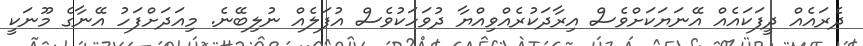
ދެރައެއް ދީފަކައެއް އޭނަޔަކަށްވެސް އިރާދަކުރެއްވިއްޔާ ދުވަހަކުވެސް އުފަލެއް ނުލިބޭނެ. މިއަދަށްފަހު އޭނާގެ މޫނަކީ